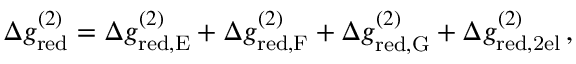
\begin{array} { r } { \Delta g _ { \mathrm { r e d } } ^ { ( 2 ) } = \Delta g _ { \mathrm { r e d , E } } ^ { ( 2 ) } + \Delta g _ { \mathrm { r e d , F } } ^ { ( 2 ) } + \Delta g _ { \mathrm { r e d , G } } ^ { ( 2 ) } + \Delta g _ { \mathrm { r e d , 2 e l } } ^ { ( 2 ) } \, , } \end{array}